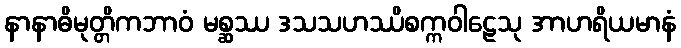
နာနာဓိမုတ္တိကဘာဝံ မစ္ဆဿ ဒသသဟဿိစက္ကဝါဠေသု အာဟရိယမာနံ